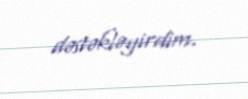
dəstəkləyirdim.